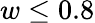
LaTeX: w\le 0.8